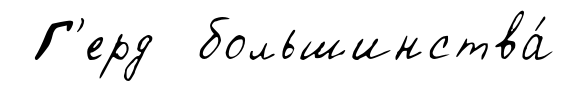
Г'ерд большинства́